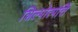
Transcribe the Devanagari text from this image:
शिल्पोत्पत्तिं